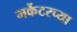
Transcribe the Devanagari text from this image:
मर्केटरच्या